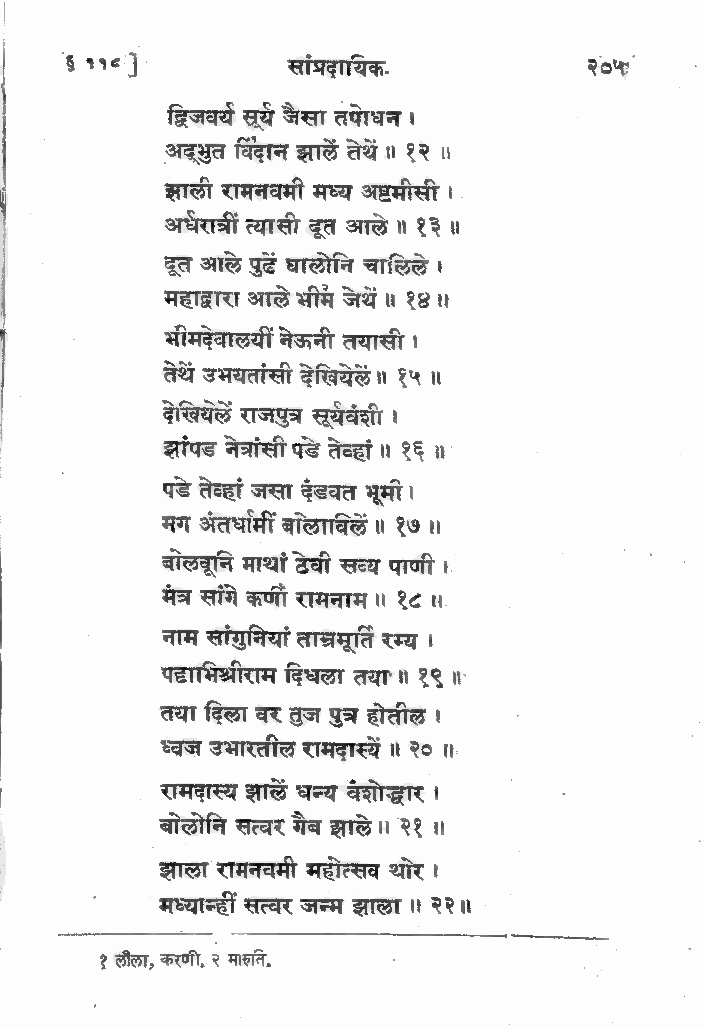
§ ११८ ] *      सांप्रदायिक.        २०५:
 द्विजवये सूये ज्ञसा तपाधन ।
 अदूभुत विंदान झालें तेथें ॥ १२ ॥
 झाली रामनवमी मध्य अष्टमीसी ।
 अघेरात्री त्यासी दूत आले ॥ १३॥
 दूत आले पुढें घालोनि चालिले ।
 महाद्वारा आले भीमे जथे ॥ १४॥
 कनशा ाकटा ... भीमदेवालयीं नेऊनी तयासी ।
 तेथें उभयतांसी देखियेलं ॥ १५ ॥
 दोखियेले राजपुत्र सूयेवंशी ।
 झांपड नेत्रांसी पडे तेव्हां ॥ १६॥
 पडे तेव्हां जसा दुंडवत भूमी।
 मग अंतर्धामी बोलावले ॥ १७ ॥
 बोलवूने माथां ठेवी सव्य पाणी ।
 मैत्र सांगे कणी रामनाम ॥ १८॥
 नाम सांगुनियां ताम्नमूर्ति रम्य ।
 पहाभिश्रीराम दिधला तया'॥ १९॥'
 तया दिला वर तुज पुत्र होतील ।
 ध्वज उभारतील रामदास्यें ॥ २० ॥.
 रामदास्य झाळें धन्य वेशोद्धार ।
 बोलोनि सत्वर गेव झाले॥ २१ ॥
 झाला रामनवमी महोत्सव थोर ।
 मध्यान्हीं सत्वर जन्म झाला ॥ २२॥
 ज  लािहििििििरििज   ्रि
 १ लीला, करणी, २ मारुति.